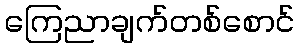
ကြေညာချက်တစ်စောင်